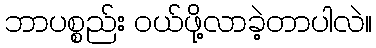
ဘာပစ္စည်း ဝယ်ဖို့လာခဲ့တာပါလဲ။